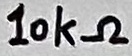
Text: 10kΩ